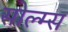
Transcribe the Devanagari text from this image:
सोल्म्स